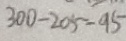
3 0 0 - 2 0 5 = 9 5